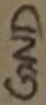
Text: GND